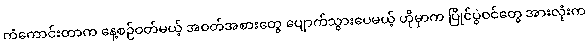
ကံကောင်းတာက နေ့စဉ်ဝတ်မယ့် အဝတ်အစားတွေ ပျောက်သွားပေမယ့် ဟိုမှာက ပြိုင်ပွဲဝင်တွေ အားလုံးက